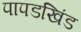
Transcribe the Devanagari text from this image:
पापडखिंड